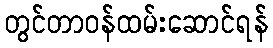
တွင်တာဝန်ထမ်းဆောင်ရန်